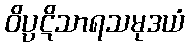
ဝိပ္ပဋိသာရသမုဒယံ